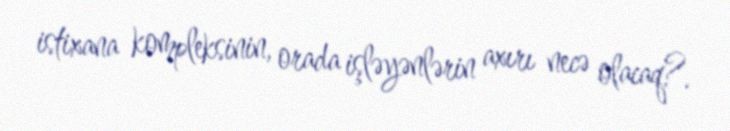
istixana kompleksinin, orada işləyənlərin axırı necə olacaq?.